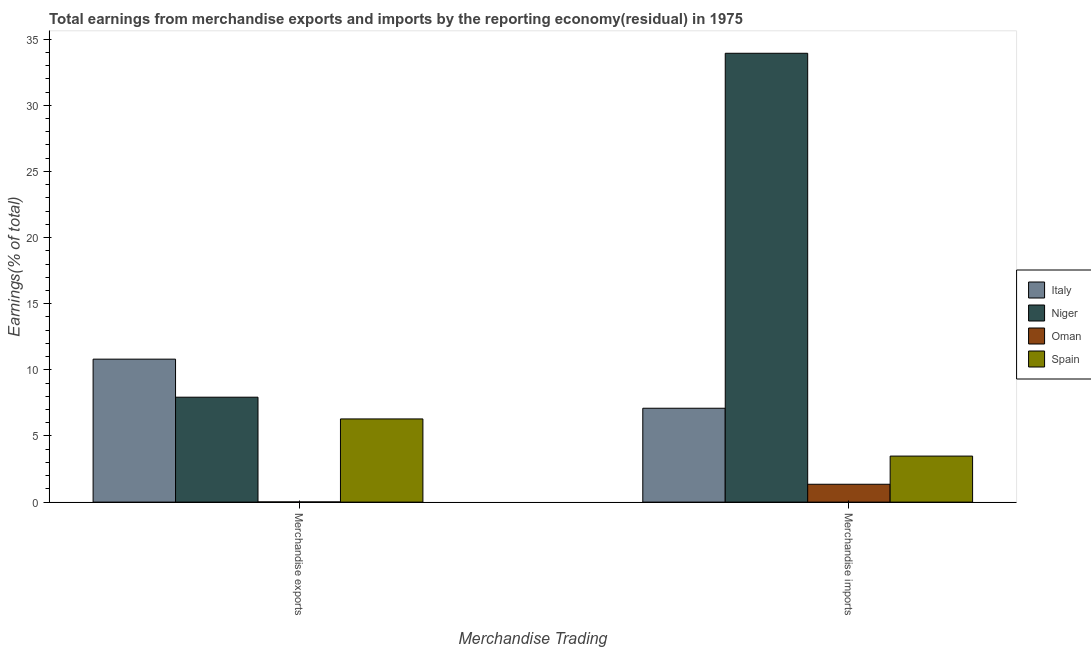
| Merchandise Trading | Italy | Niger | Oman | Spain |
 | --- | --- | --- | --- | --- |
 | Merchandise exports | 10.8 | 7.93 | 0.0145 | 6.29 |
 | Merchandise imports | 7.1 | 33.9 | 1.35 | 3.48 |